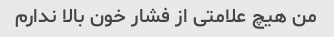
من هیچ علامتی از فشار خون بالا ندارم